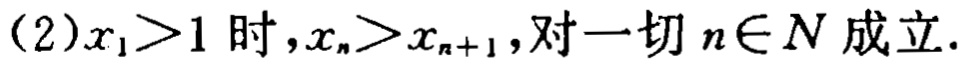
(2)$x_{1}>1$时,$x_{n}>x_{n + 1}$,对一切$n\in N$成立.